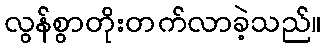
လွန်စွာတိုးတက်လာခဲ့သည်။